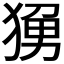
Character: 𬌼